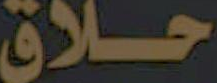
حلاق